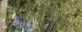
મૂવીટોનના